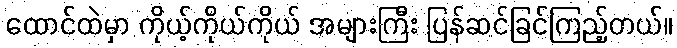
ထောင်ထဲမှာ ကိုယ့်ကိုယ်ကိုယ် အများကြီး ပြန်ဆင်ခြင်ကြည့်တယ်။